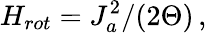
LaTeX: H_{rot}=J_{a}^{2}/(2\Theta)\, ,